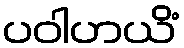
ပဝါဟယိံ